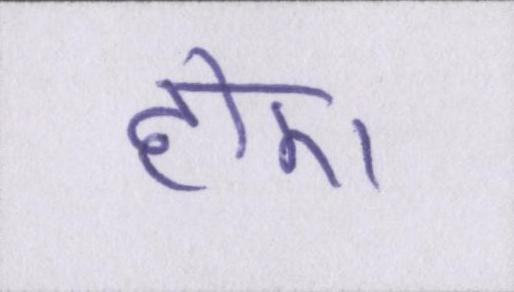
होए